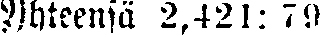
Yhteensä 2,421: 79